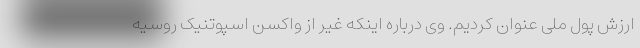
ارزش پول ملی عنوان کردیم. وی درباره اینکه غیر از واکسن اسپوتنیک روسیه